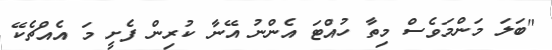
"ބަލަ މަންމަވެސް މިތާ ހުއްޓަ އެންނު އޭނާ ކުރިން ފެށީ މަ އެއްޗެކޭ